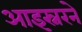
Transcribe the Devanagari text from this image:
आइस्नरने